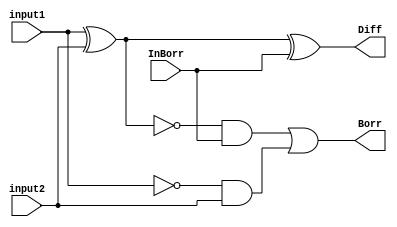
module fullsubtractor_structural(output Diff, Borr, input input1, input2, InBorr);
 
  //Structural
  wire Ninput1, Nv1, v1, v2, v3;
  xor g1(v1, input1, input2); 

  not (Ninput1, input1);
  and (v2, Ninput1, input2);

  not (Nv1, v1);
  and (v3, Nv1, InBorr);

  xor g2(Diff, v1, InBorr); 
  or (Borr, v3, v2);

endmodule


module fullsubtractor_test;

  //inputs
  reg input1;
  reg input2;
  reg InBorr;

  //outputs
  wire Diff;
  wire Borr;

  //instantiat unit under test
  fullsubtractor_structural ha ( .Diff(Diff), .Borr(Borr), .input1(input1), .input2(input2), .InBorr(InBorr));

  initial begin

    {input1, input2, InBorr} = 0;
  end
  
  always #4 input1 = input1 + 1'b1;
  always #2 input2 = input2 + 1'b1;
  always #1 InBorr = InBorr + 1'b1;

  initial begin
    $dumpfile("fullsubtractor_structural.vcd");
    $dumpvars(0, fullsubtractor_test);
    $monitor("time=%g,Diff =%b,Borr =%b, input1=%b, input2=%b, InBorra=%b", $time, Diff, Borr, input1, input2, InBorr);
  end
  
  initial #20 $finish; 

endmodule